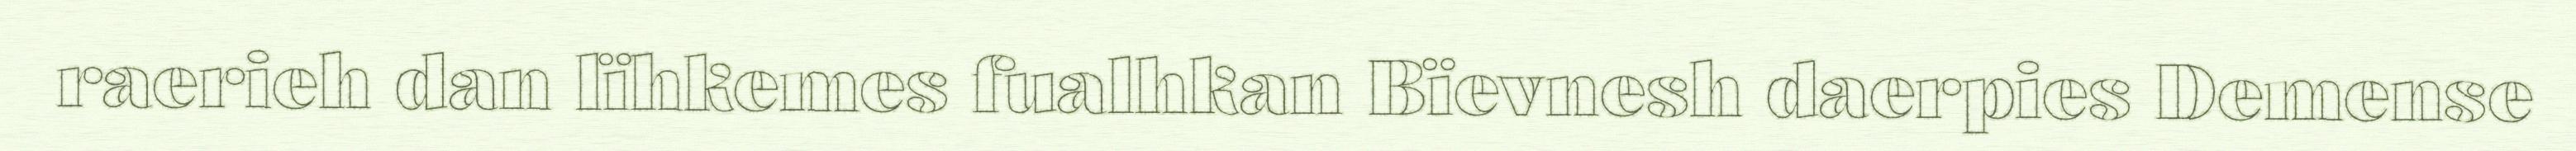
raerieh dan lïhkemes fualhkan Bïevnesh daerpies Demense